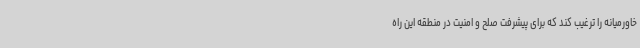
خاورمیانه را ترغیب کند که برای پیشرفت صلح و امنیت در منطقه این راه